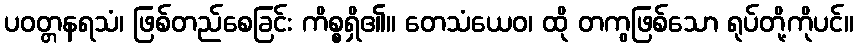
ပဝတ္တနရသံ၊ ဖြစ်တည်စေခြင်း ကိစ္စရှိ၏။ တေသံယေဝ၊ ထို တကွဖြစ်သော ရုပ်တို့ကိုပင်။